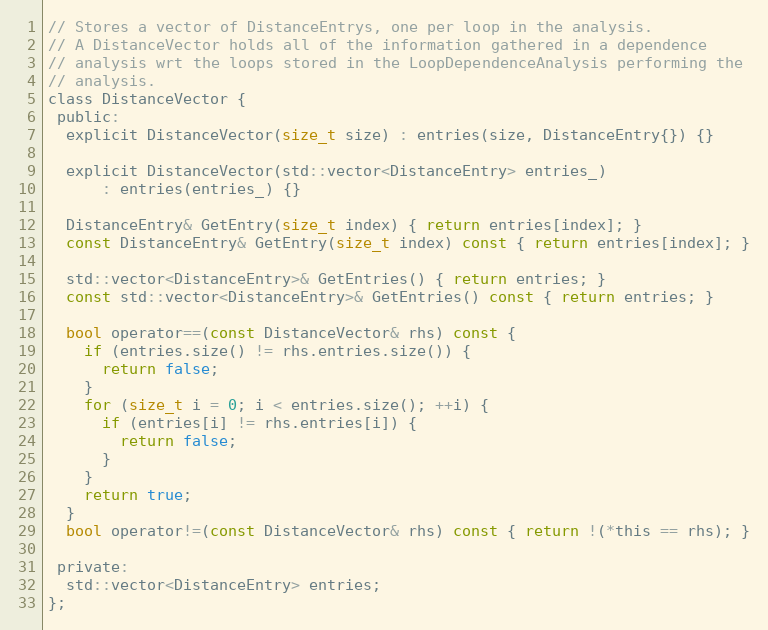
Language: C
// Stores a vector of DistanceEntrys, one per loop in the analysis.
// A DistanceVector holds all of the information gathered in a dependence
// analysis wrt the loops stored in the LoopDependenceAnalysis performing the
// analysis.
class DistanceVector {
 public:
  explicit DistanceVector(size_t size) : entries(size, DistanceEntry{}) {}

  explicit DistanceVector(std::vector<DistanceEntry> entries_)
      : entries(entries_) {}

  DistanceEntry& GetEntry(size_t index) { return entries[index]; }
  const DistanceEntry& GetEntry(size_t index) const { return entries[index]; }

  std::vector<DistanceEntry>& GetEntries() { return entries; }
  const std::vector<DistanceEntry>& GetEntries() const { return entries; }

  bool operator==(const DistanceVector& rhs) const {
    if (entries.size() != rhs.entries.size()) {
      return false;
    }
    for (size_t i = 0; i < entries.size(); ++i) {
      if (entries[i] != rhs.entries[i]) {
        return false;
      }
    }
    return true;
  }
  bool operator!=(const DistanceVector& rhs) const { return !(*this == rhs); }

 private:
  std::vector<DistanceEntry> entries;
};